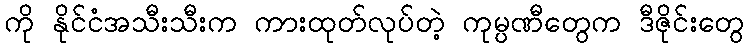
ကို နိုင်ငံအသီးသီးက ကားထုတ်လုပ်တဲ့ ကုမ္ပဏီတွေက ဒီဇိုင်းတွေ